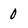
Character: 0